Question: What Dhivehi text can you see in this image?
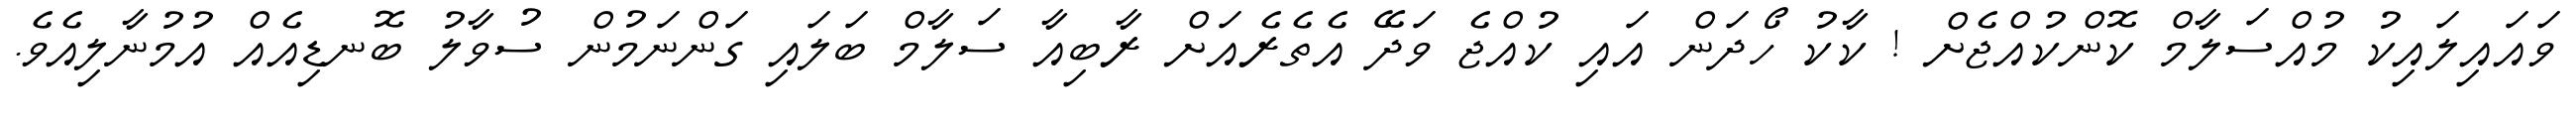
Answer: ވައައިލައިކު މުއްސަލާމް ކޮންކުއްޖެށް ! ކާކު ހޯދަން އައި ކުއްޖެ ވަދޭ އެތެރެއަށް ރާބިއާ ސަލާމް ބަލައި ގަންނަމުން ސުވާލު ބޮނޑިއެއް އުމުނާލިއެވެ.